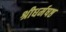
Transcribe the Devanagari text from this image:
श्रीधर्मषष्ठ